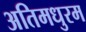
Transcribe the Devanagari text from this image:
अतिमधुरम